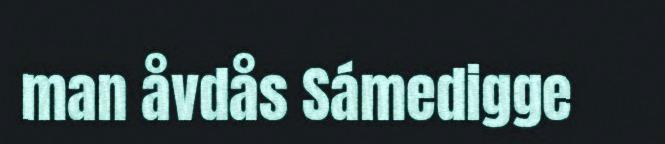
man åvdås Sámedigge